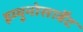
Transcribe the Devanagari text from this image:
इम्यूनोसार्बेंट